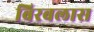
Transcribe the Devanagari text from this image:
बिरबलास